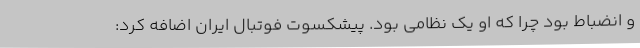
و انضباط بود چرا که او یک نظامی بود. پیشکسوت فوتبال ایران اضافه کرد: